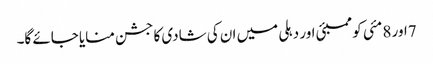
7اور 8 مئی کو ممبئی اور دہلی میں ان کی شادی کا جشن منایا جائے گا۔